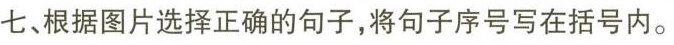
七、根据图片选择正确的句子,将句子序号写在括号内。